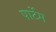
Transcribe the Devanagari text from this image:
पार्टेम